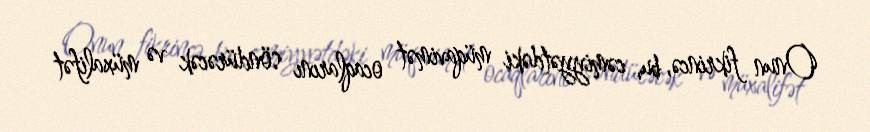
Onun fikrincə, bu, cəmiyyətdəki müqavimət ocaqlarını söndürəcək və müxalifət